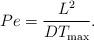
LaTeX: \begin{align*}Pe = \frac{L^2}{DT_\mathrm{max}}. \end{align*}